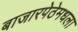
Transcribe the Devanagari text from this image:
बाजारपेठेमधला